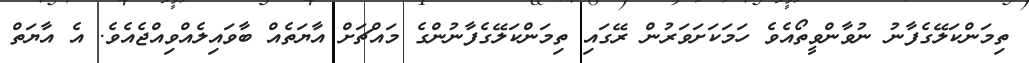
ތިމަންކަލޭގެފާނު ނުވާންވީތޯއެވެ ހަމަކަށަވަރުން ރޭގައި ތިމަންކަލޭގެފާނުންގެ މައްޗަށް އާޔަތެއް ބާވައިލެއްވިއްޖެއެވެ. އެ އާޔަތް